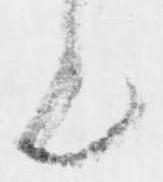
ん